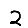
Digit: 2